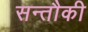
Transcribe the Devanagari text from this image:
सन्तौकी